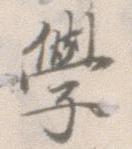
学